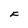
Character: F